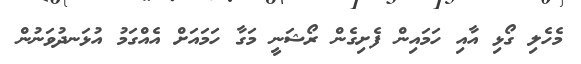
މެހެލި ގޯޅި އާއި ހަމައިން ފެށިގެން ރޯޝަނީ މަގާ ހަމައަށް އެއްގަމު އުޅަނދުވަނުން